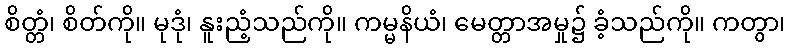
စိတ္တံ၊ စိတ်ကို။ မုဒုံ၊ နူးညံ့သည်ကို။ ကမ္မနိယံ၊ မေတ္တာအမှု၌ ခံ့သည်ကို။ ကတွာ၊